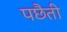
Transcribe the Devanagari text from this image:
पछैती